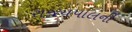
રાજયપાલની